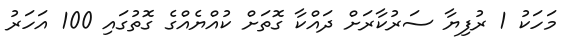
މަހަކު 1 ރުފިޔާ ސަރުކާރަށް ދައްކާ ގޮތަށް ކުއްޔެއްގެ ގޮތުގައި 100 އަހަރު